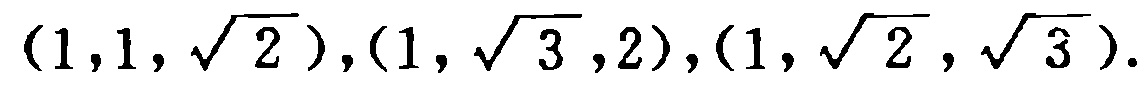
$(1,1,\sqrt{2}),(1,\sqrt{3},2),(1,\sqrt{2},\sqrt{3}).$